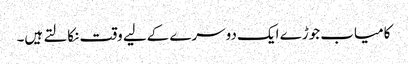
کامیاب جوڑے ایک دوسرے کےلیے وقت نکالتے ہیں۔